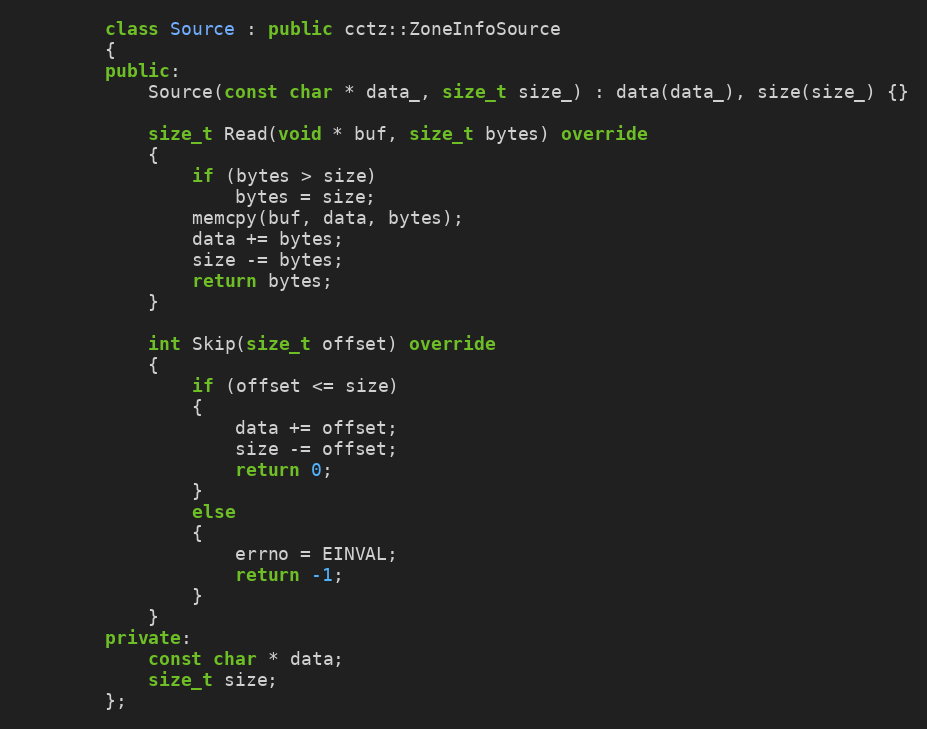
Language: C++
        class Source : public cctz::ZoneInfoSource
        {
        public:
            Source(const char * data_, size_t size_) : data(data_), size(size_) {}

            size_t Read(void * buf, size_t bytes) override
            {
                if (bytes > size)
                    bytes = size;
                memcpy(buf, data, bytes);
                data += bytes;
                size -= bytes;
                return bytes;
            }

            int Skip(size_t offset) override
            {
                if (offset <= size)
                {
                    data += offset;
                    size -= offset;
                    return 0;
                }
                else
                {
                    errno = EINVAL;
                    return -1;
                }
            }
        private:
            const char * data;
            size_t size;
        };